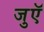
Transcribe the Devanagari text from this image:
जुएॅ